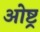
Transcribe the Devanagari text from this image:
ओष्ट्र